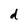
Character: d